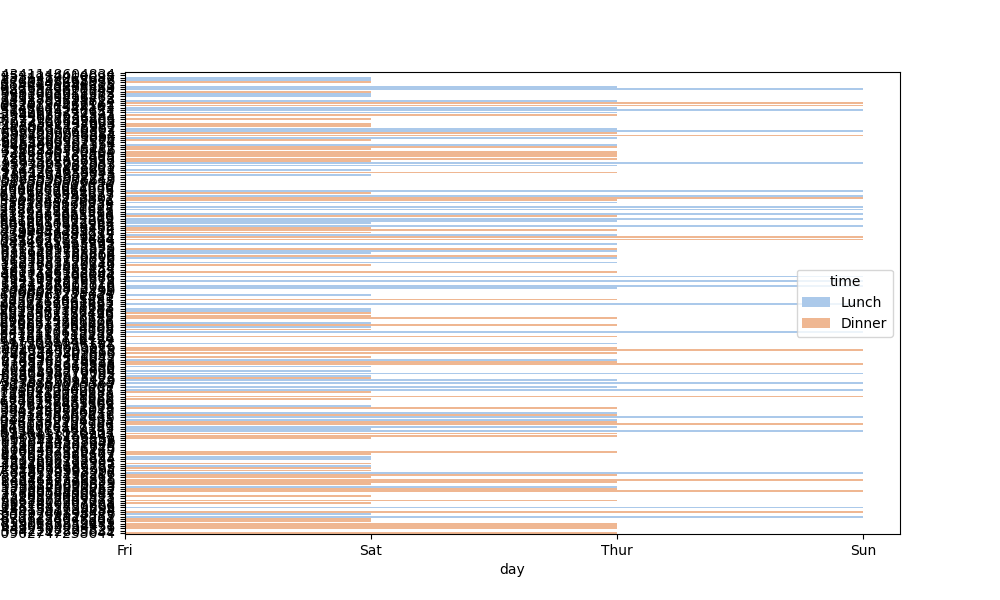
python, seaborn, barplot, hue='time', palette='pastel', ci=95, orient='h'